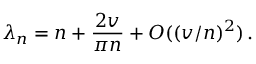
\lambda _ { n } = n + \frac { 2 v } { \pi n } + { \cal O } ( ( v / n ) ^ { 2 } ) \, .